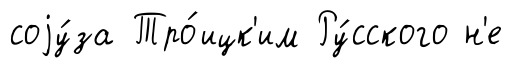
соjу́за Тро́ицк'им Ру́сского н'е